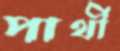
পার্থী